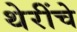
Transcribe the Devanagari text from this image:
थेरींचे